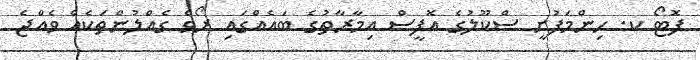
ފޮޓޯ ކ. ހިންމަފުށީ ސްކޫލުގެ އޮފީސް އިމާރާތުގެ ބައެއްގައި ރޯވެ ގެއްލުންތަކެއް ވެއްޖެ